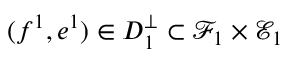
( f ^ { 1 } , e ^ { 1 } ) \in D _ { 1 } ^ { \bot } \subset \mathcal { F } _ { 1 } \times \mathcal { E } _ { 1 }